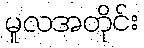
မူလအတိုင်း